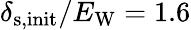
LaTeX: \delta_{\mathrm{s,init}}/E_{\mathrm{W}}=1.6